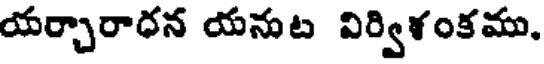
యర్చారాధన యనుట విర్విశంకము,